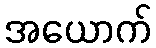
အယောက်